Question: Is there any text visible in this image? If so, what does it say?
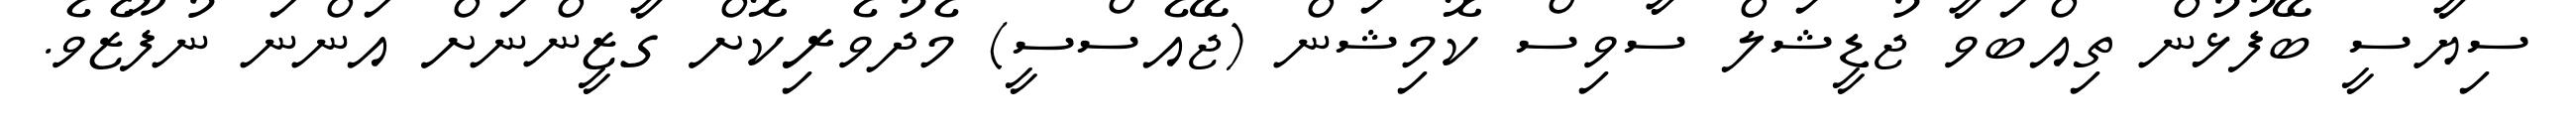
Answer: ސިޔާސީ ބޭފުޅުން ތިއްބަވާ ޖުޑީޝަލް ސާވިސް ކޮމިޝަން (ޖޭއެސްސީ) މެދުވެރިކޮށް ގާޒީންނަށް އަންނަ ނުފޫޒެވެ.